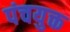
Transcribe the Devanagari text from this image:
पंचयुक्त